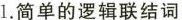
1.简单的逻辑联结词